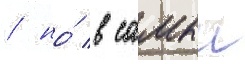
/ но́ в самыи